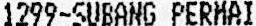
1299-SUBANG PERMAI